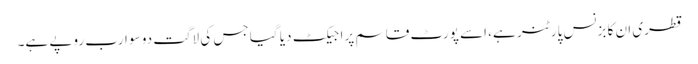
قطری ان کا بزنس پارٹنر ہے، اسے پورٹ قاسم پراجیکٹ دیا گیا جس کی لاگت دو سو ارب روپے ہے۔